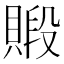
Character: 𧷃